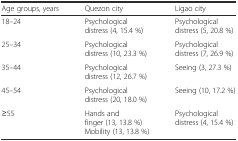
| Age groups, years | Quezon city | Ligao city |
 | --- | --- | --- |
 | 18–24 | Psychological distress (4, 15.4 %) | Psychological distress (5, 20.8 %) |
 | 25–34 | Psychological distress (10, 23.3 %) | Psychological distress (7, 26.9 %) |
 | 35–44 | Psychological distress (12, 26.7 %) | Seeing (3, 27.3 %) |
 | 45–54 | Psychological distress (20, 18.0 %) | Seeing (10, 17.2 %) |
 | ≥55 | Hands and finger (13, 13.8 %)Mobility (13, 13.8 %) | Psychological distress (4, 15.4 %) |